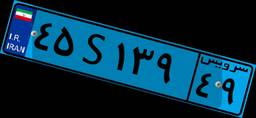
۴۵S۱۳۹۴۹